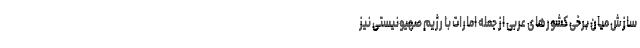
سازش میان برخی کشورهای عربی از جمله امارات با رژیم صهیونیستی نیز